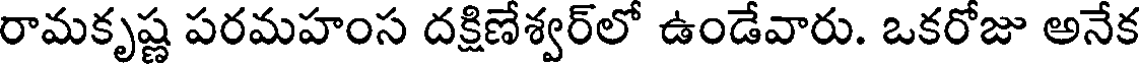
రామకృష్ణ పరమహంస దక్షిణేశ్వర్లో ఉండేవారు. ఒకరోజు అనేక